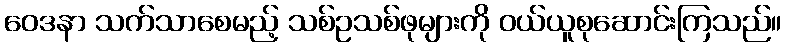
ဝေဒနာ သက်သာစေမည့် သစ်ဥသစ်ဖုများကို ဝယ်ယူစုဆောင်းကြသည်။